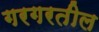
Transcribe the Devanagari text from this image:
गरगरतील